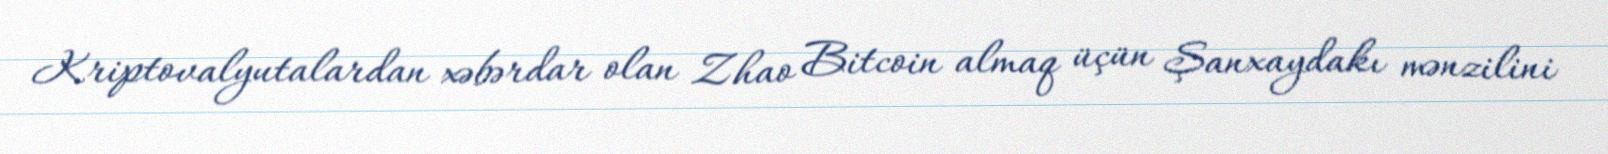
Kriptovalyutalardan xəbərdar olan Zhao Bitcoin almaq üçün Şanxaydakı mənzilini